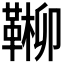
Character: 𩋶